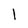
Character: I